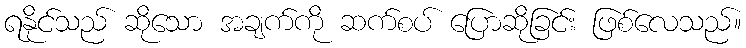
ရနိုင်သည် ဆိုသော အချက်ကို ဆက်စပ် ပြောဆိုခြင်း ဖြစ်လေသည်။